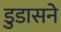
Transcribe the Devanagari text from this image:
डुडासने